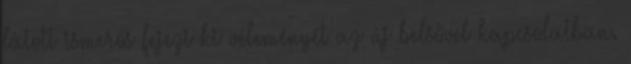
látott ismerős fejezi ki véleményét az új belsővel kapcsolatban.